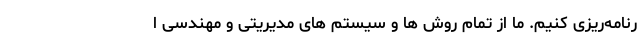
رنامه‌ریزی کنیم. ما از تمام روش ها و سیستم های مدیریتی و مهندسی ا